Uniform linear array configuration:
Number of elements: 8
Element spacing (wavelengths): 0.25
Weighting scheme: hann
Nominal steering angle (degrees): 45
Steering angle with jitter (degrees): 45.771
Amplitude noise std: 0.05
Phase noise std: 0.05

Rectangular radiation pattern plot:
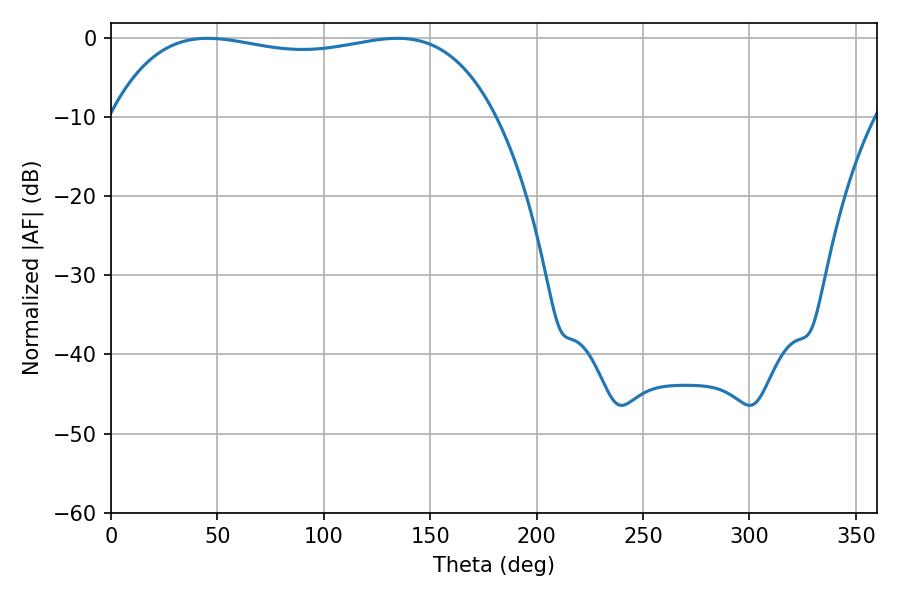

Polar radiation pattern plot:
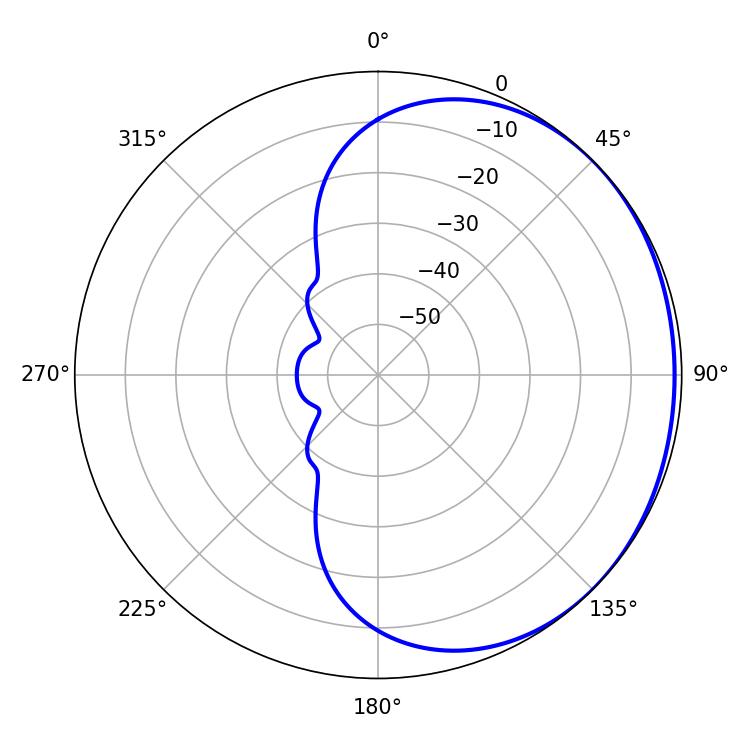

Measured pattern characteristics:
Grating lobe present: FALSE
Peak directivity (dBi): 0.85
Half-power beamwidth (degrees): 145.44
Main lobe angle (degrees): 45.36